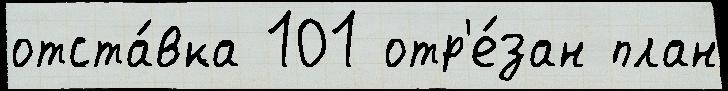
отста́вка 101 отр'е́зан план